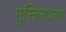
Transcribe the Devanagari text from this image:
मुस्लिमांप्रमाणे